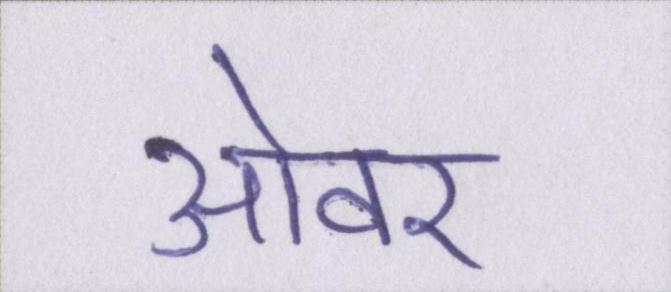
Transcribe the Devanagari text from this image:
ओवर